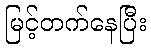
မြင့်တက်နေပြီး